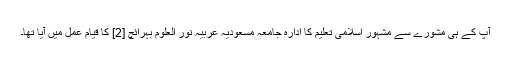
آپ کے ہی مشورے سے مشہور اسلامی تعلیم کا ادارہ جامعہ مسعودیہ عربیہ نور العلوم بہرائچ [2] کا قیام عمل میں آیا تھا۔